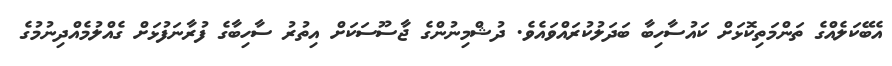
އެބޭކަލެއްގެ ތަންމަތިކޮޅަށް ކައުސާހިބާ ބަދަލުކުރައްވައެވެ. ދުޝްމިނުންގެ ޖާސޫސަކަށް އިތުރު ސާހިބާގެ ފުރާނަފުޅަށް ގެއްލުމެއްދިނުމުގެ